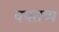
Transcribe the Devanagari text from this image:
वक्‍तब्‍य